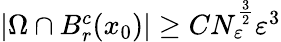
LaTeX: \begin{array}{r}{|\Omega\cap B_{r}^{c}(x_{0})|\geq CN_{\varepsilon}^{\frac{3}{2}}\varepsilon^{3}}\end{array}